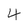
Character: 4